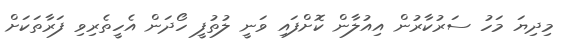
މިދިޔަ މަހު ސަރުކާރުން އިއުލާން ކޮށްފައި ވަނީ ލުތުފީ ހޯދަން އެހީތެރިވި ފަރާތަކަށްް